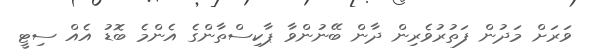
ވަރަށް މަދުން ފަތުރުވެރިން ދާން ބޭނުންވާ ޕާކިސްތާންގެ އެންމެ ބޮޑު އެއް ސިޓީ